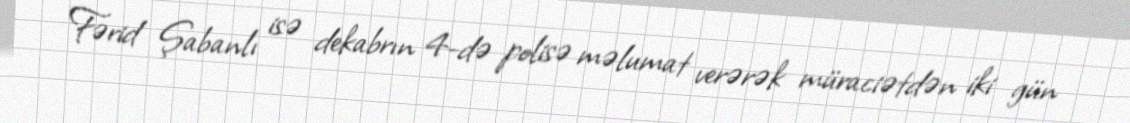
Fərid Şabanlı isə dekabrın 4-də polisə məlumat verərək müraciətdən iki gün